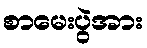
စာမေးပွဲအား